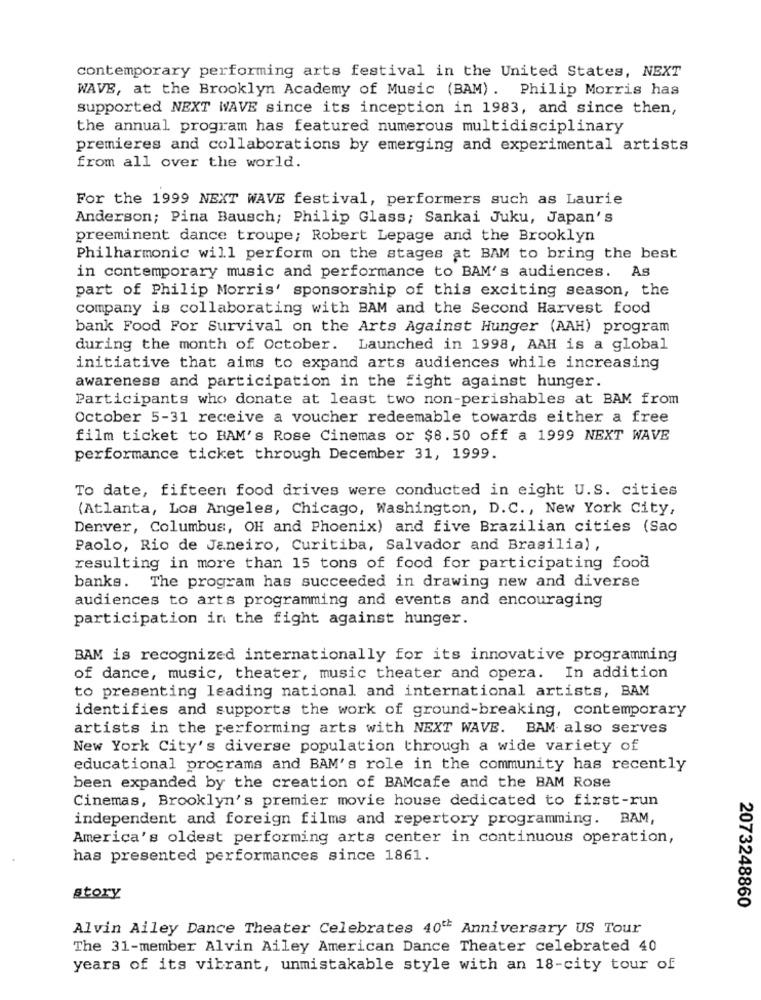
contemporary performing arts festival in the United States, NEXT
WAVE, at the Brooklyn Academy of Music (BAM) . Philip Morris has
supported NEXT WAVE since its inception in 1983, and since then,
the annual program has featured numerous multidisciplinary
premieres and collaborations by emerging and experimental artists
from all over the world.
For the 1999 NEXT WAVE festival, performers such as Laurie
Anderson; Pina Bausch; Philip Glass; Sankai Juku, Japan's
preeminent dance troupe; Robert Lepage and the Brooklyn
Philharmonic will perform on the stages at BAM to bring the best
in contemporary music and performance to BAM's audiences. As
part of Philip Morris' sponsorship of this exciting season, the
company is collaborating with BAM and the Second Harvest food
bank Food For Survival on the Arts Against Hunger (AAH) program
during the month of October. Launched in 1998, AAH is a global
initiative that aims to expand arts audiences while increasing
awareness and participation in the fight against hunger.
Participants who donate at least two non-perishables at BAM from
October 5-31 receive a voucher redeemable towards either a free
film ticket to HAM's Rose Cinemas or $8.50 off a 1999 NEXT WAVE
performance ticket through December 31, 1999.
To date, fifteen food drives were conducted in eight U.S. cities
(Atlanta, Los Angeles, Chicago, Washington, D.C ., New York City,
Denver, Columbus, OH and Phoenix) and five Brazilian cities (Sao
Paolo, Rio de Janeiro, Curitiba, Salvador and Brasilia) ,
resulting in more than 15 tons of food for participating food
banks. The program has succeeded in drawing new and diverse
audiences to arts programming and events and encouraging
participation in the fight against hunger.
BAM is recognized internationally for its innovative programming
of dance, music, theater, music theater and opera. In addition
to presenting leading national and international artists, BAM
identifies and supports the work of ground-breaking, contemporary
artists in the performing arts with NEXT WAVE. BAM also serves
New York City's diverse population through a wide variety of
educational programs and BAM's role in the community has recently
been expanded by the creation of BAMcafe and the BAM Rose
Cinemas, Brooklyn's premier movie house dedicated to first-run
independent and foreign films and repertory programming. BAM,
America's oldest performing arts center in continuous operation,
has presented performances since 1861.
story
2073248860
Alvin Ailey Dance Theater Celebrates 40th Anniversary US Tour
The 31-member Alvin Ailey American Dance Theater celebrated 40
years of its vibrant, unmistakable style with an 18-city tour of